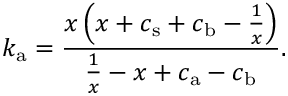
k _ { \mathrm { a } } = \frac { x \left( x + c _ { \mathrm { s } } + c _ { \mathrm { b } } - \frac { 1 } { x } \right) } { \frac { 1 } { x } - x + c _ { \mathrm { a } } - c _ { \mathrm { b } } } .